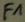
Text: F1